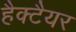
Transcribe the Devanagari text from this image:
हैक्टैयर